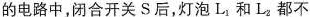
的电路中，闭合开关S后，灯泡L_{1}和L_{2}都不